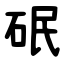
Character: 䂥